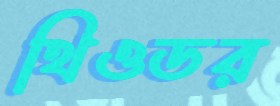
থিওডর